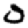
Digit: 0